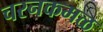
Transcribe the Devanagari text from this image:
चरनकमळ